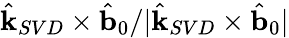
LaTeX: \hat{\mathbf{k}}_{SVD}\times\hat{\mathbf{b}}_{0}/|\hat{\mathbf{k}}_{SVD}\times\hat{\mathbf{b}}_{0}|